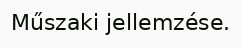
Műszaki jellemzése.